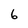
Character: 6